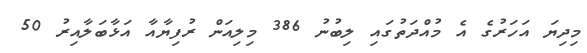
މިދިޔަ އަަހަރުގެ އެ މުއްދަތުގައި ލިބުނު 386 މިލިއަން ރުފިޔާއާ އަޅާބަލާއިރު 50